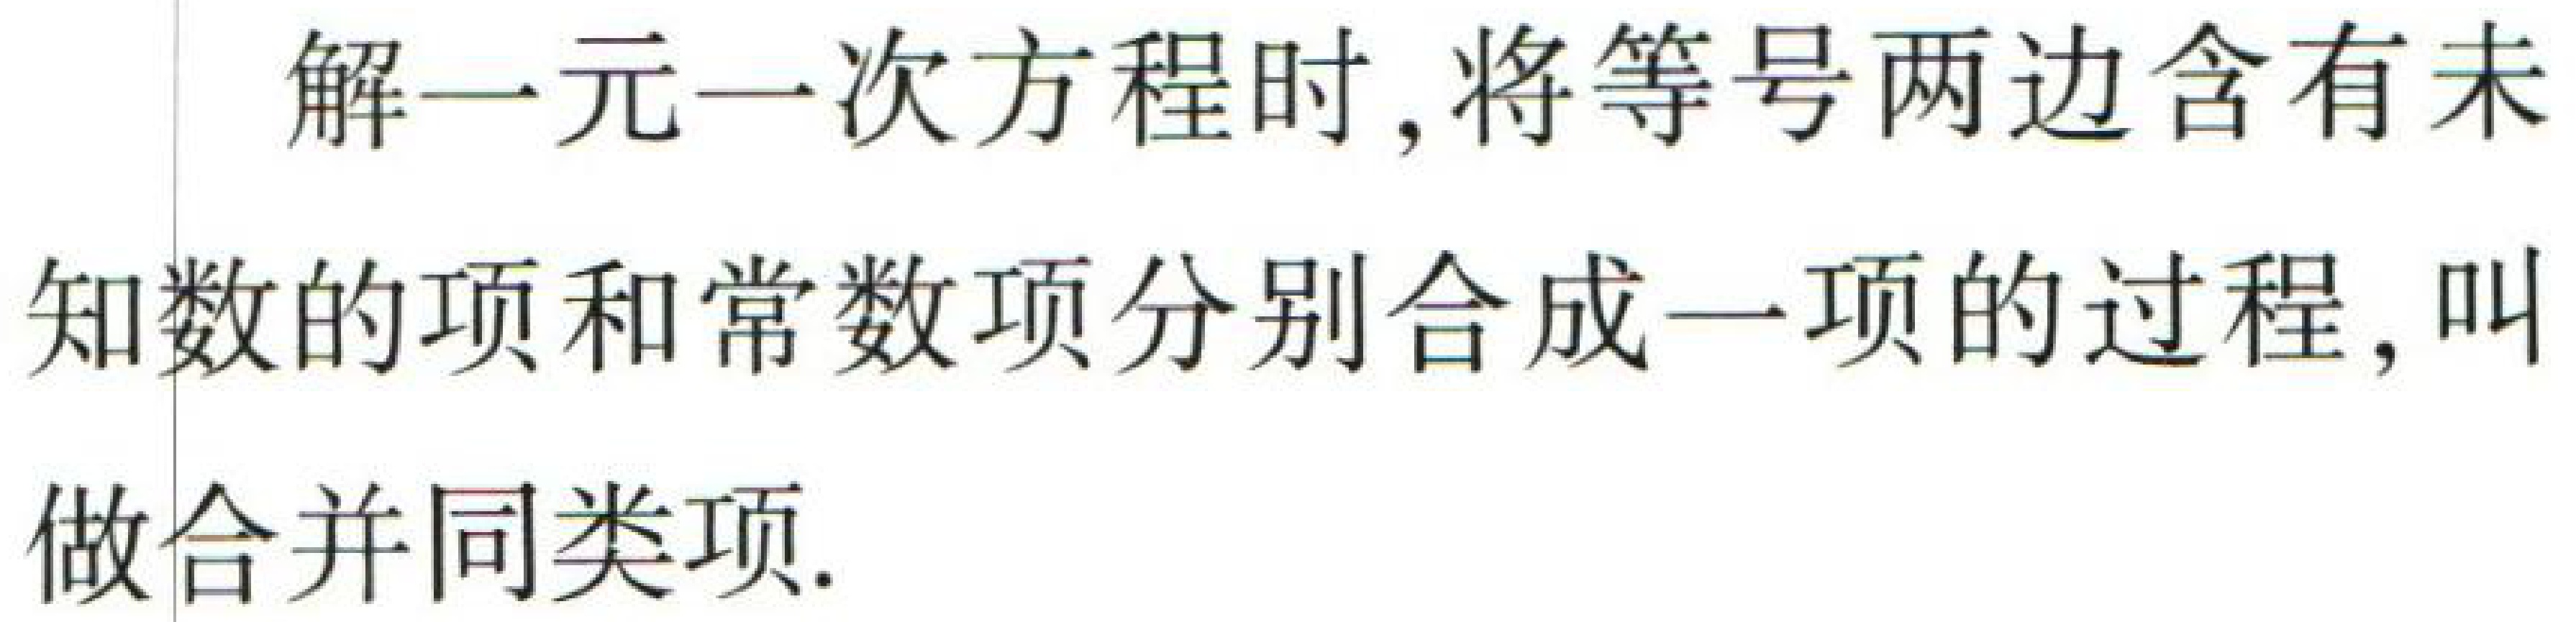
解一元一次方程时，将等号两边含有未知数的项和常数项分别合成一项的过程，叫做合并同类项.